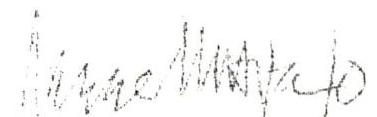
Aarre Uusitalo